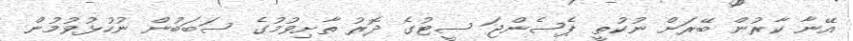
އޭނާ ކާރުން ބޭރަށް ނުކުތީ ޕެސެންޖަ ސީޓުގެ ދޮރު ތާށިވުމުގެ ސަބަބުން ނުހުޅުވުމުން